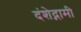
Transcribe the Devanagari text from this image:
दंशेद्गामी